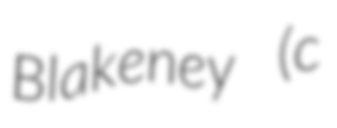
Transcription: Blakeney (c